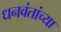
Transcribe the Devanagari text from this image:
धनवंतांच्या